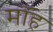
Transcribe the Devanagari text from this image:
मॉह